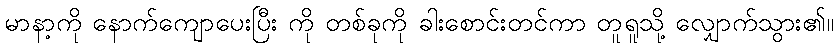
မာနာ့ကို နောက်ကျောပေးပြီး ကို တစ်ခုကို ခါးစောင်းတင်ကာ တူရူသို့ လျှောက်သွား၏။